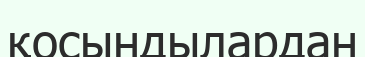
қосындылардан